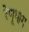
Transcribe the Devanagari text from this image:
रेणूभाग